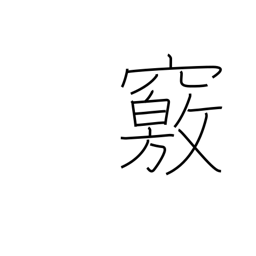
Meaning: cave